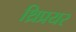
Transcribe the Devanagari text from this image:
थ्रिप्रयर